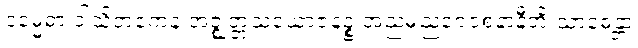
ဒုမ္မေဓာ ဝါသိတကေန အဇ္ဈတ္တသံယောဇနဉ္စ အညမညဝေဝစနာနီတိ သာဓေန္တာ